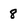
Character: 8